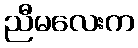
ညီမလေးက